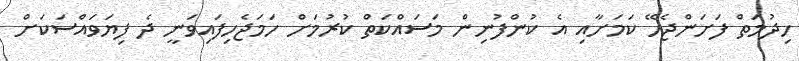
ހިދުމަތް ފަށަންޖެހޭ ކަމަށާއި އެ ކުންފުނިން މަސައްކަތް ކުރުމަށް ހަމަޖެހިފައިވަނީ ދެ ފިޔަވައްސަކަށް